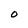
Character: O